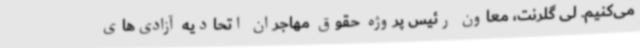
می‌کنیم. لی گلرنت، معاون رئیس پروژه حقوق مهاجران اتحادیه آزادی‌های